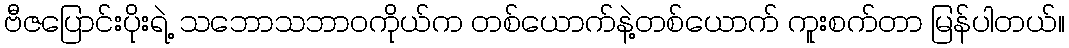
ဗီဇပြောင်းပိုးရဲ့ သဘောသဘာဝကိုယ်က တစ်ယောက်နဲ့တစ်ယောက် ကူးစက်တာ မြန်ပါတယ်။